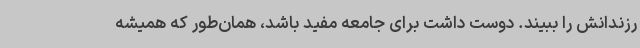
رزندانش را ببیند. دوست داشت برای جامعه مفید باشد، همان‌طور که همیشه